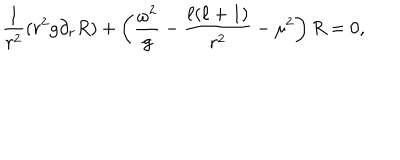
LaTeX: \frac { 1 } { r ^ { 2 } } ( r ^ { 2 } g \partial _ { r } R ) + \left( \frac { \omega ^ { 2 } } { g } - \frac { \ell ( \ell + 1 ) } { r ^ { 2 } } - \mu ^ { 2 } \right) R = 0 ,